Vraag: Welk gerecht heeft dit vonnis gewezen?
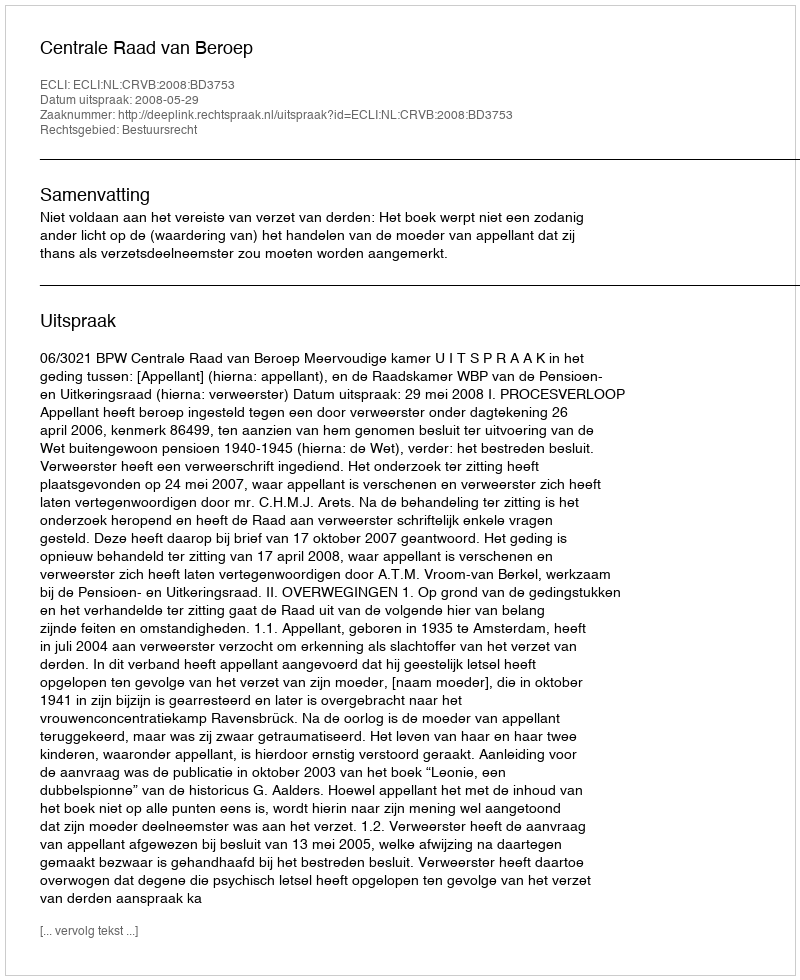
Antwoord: Centrale Raad van Beroep